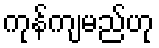
ကုန်ကျမည်ဟု